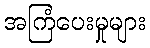
အကြံပေးမှုများ